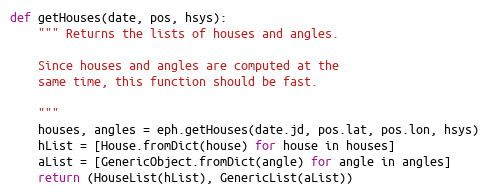
Language: Python
def getHouses(date, pos, hsys):
    """ Returns the lists of houses and angles.

    Since houses and angles are computed at the
    same time, this function should be fast.

    """
    houses, angles = eph.getHouses(date.jd, pos.lat, pos.lon, hsys)
    hList = [House.fromDict(house) for house in houses]
    aList = [GenericObject.fromDict(angle) for angle in angles]
    return (HouseList(hList), GenericList(aList))